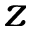
z